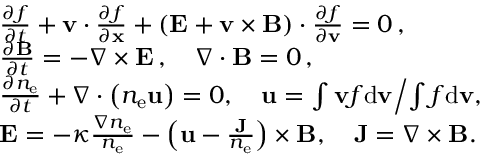
\begin{array} { r l } & { \frac { \partial f } { \partial t } + { \mathbf v } \cdot \frac { \partial f } { \partial \mathbf { x } } + ( { \mathbf E } + { \mathbf v } \times { \mathbf { B } } ) \cdot \frac { \partial f } { \partial { \mathbf v } } = 0 \, , } \\ & { \frac { \partial \mathbf { B } } { \partial t } = - \nabla \times { \mathbf E } \, , \quad \nabla \cdot \mathbf { B } = 0 \, , } \\ & { \frac { \partial n _ { \mathrm { e } } } { \partial t } + \nabla \cdot \left( n _ { \mathrm { e } } \mathbf u \right) = 0 , \quad { \mathbf u } = { \int { \mathbf v } f \mathrm { d } { \mathbf v } } \Big / { \int f \mathrm { d } { \mathbf v } } , } \\ & { { \mathbf E } = - \kappa \frac { \nabla n _ { \mathrm { e } } } { n _ { \mathrm { e } } } - \left( \mathbf u - \frac { \mathbf J } { n _ { \mathrm { e } } } \right) \times { \mathbf { B } } , \quad \mathbf J = \nabla \times { \mathbf B } . } \end{array}